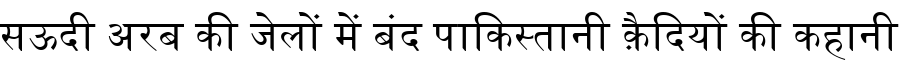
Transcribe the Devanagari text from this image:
सऊदी अरब की जेलों में बंद पाकिस्तानी क़ैदियों की कहानी